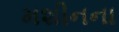
મશીનના